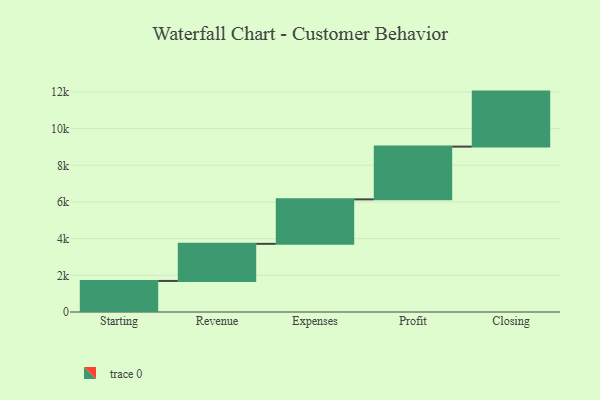
{"axis": {"x": "Step", "y": "Value"}, "legend": [""], "data": [{"x": "Starting", "y": 1694.0, "type": ""}, {"x": "Revenue", "y": 2023.0, "type": ""}, {"x": "Expenses", "y": 2426.0, "type": ""}, {"x": "Profit", "y": 2876.0, "type": ""}, {"x": "Closing", "y": 3000, "type": ""}]}